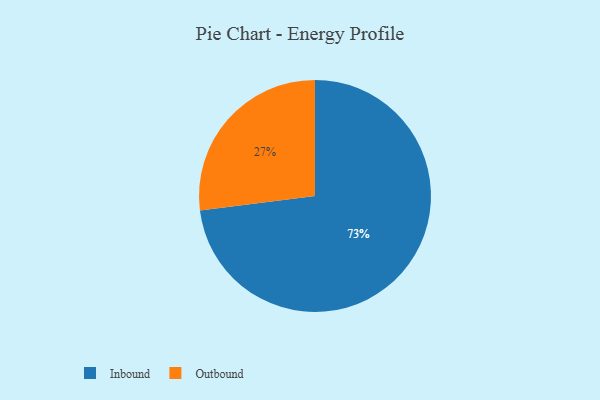
{"axis": {"x": "Category", "y": "Percentage"}, "legend": ["Inbound", "Outbound"], "data": [{"x": "Inbound", "y": 73, "type": "Inbound"}, {"x": "Outbound", "y": 27, "type": "Outbound"}]}